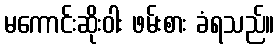
မကောင်းဆိုးဝါး ဖမ်းစား ခံရသည်။